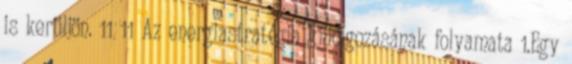
is kerüljön. 11 11 Az energiastratégia kidolgozásának folyamata 1.Egy